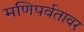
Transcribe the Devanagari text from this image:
मणिपर्वतावर